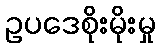
ဥပဒေစိုးမိုးမှု